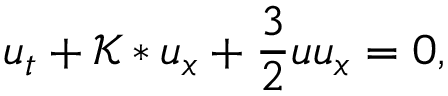
u _ { t } + \mathcal { K } * u _ { x } + \frac { 3 } { 2 } u u _ { x } = 0 ,